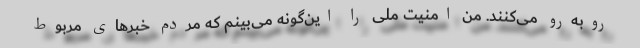
روبه‌رو می‌کنند. من امنیت ملی را این‌گونه می‌بینم که مردم خبرهای مربوط